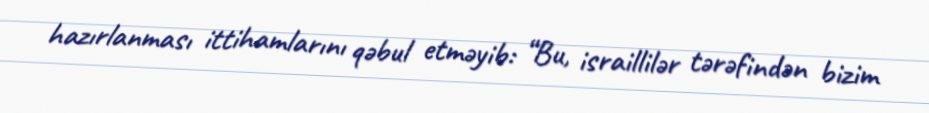
hazırlanması ittihamlarını qəbul etməyib: “Bu, israillilər tərəfindən bizim